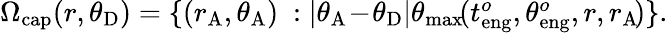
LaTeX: \begin{array}{r}{\Omega_{\mathrm{cap}}(r,\theta_{\mathrm{D}})=\{ (r_{\mathrm{A}},\theta_{\mathrm{A}})~:|\theta_{\mathrm{A}}\! -\! \theta_{\mathrm{D}}|\le\theta_{\operatorname*{max}}\! (t_{\mathrm{eng}}^{o},\theta_{\mathrm{eng}}^{o},r,r_{\mathrm{A}}\! )\} .}\end{array}